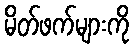
မိတ်ဖက်များကို